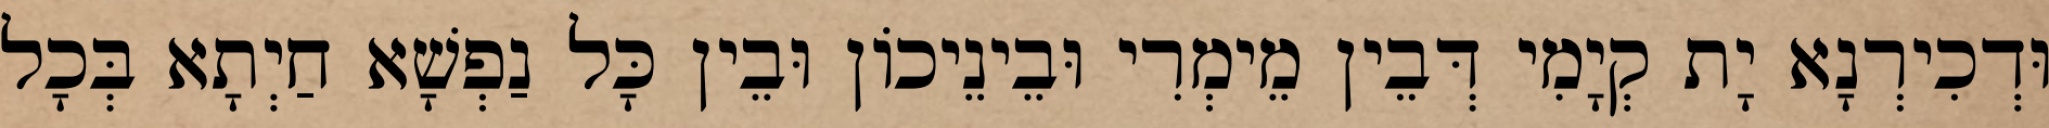
וּדְכִירְנָא יָת קְיָמִי דְּבֵין מֵימְרִי וּבֵינֵיכוֹן וּבֵין כָּל נַפְשָׁא חַיְתָא בְּכָל